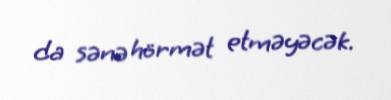
da sənə hörmət etməyəcək.